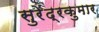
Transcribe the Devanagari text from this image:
सुरेंद्रकुमार